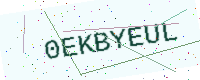
Text: 0EKBYEUL